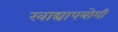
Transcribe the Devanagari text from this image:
खाद्यापयोगी